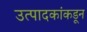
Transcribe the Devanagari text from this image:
उत्पादकांकडून